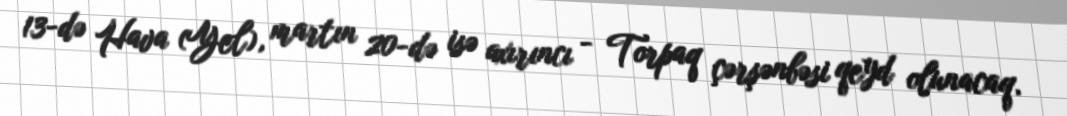
13-də Hava (Yel), martın 20-də isə axırıncı - Torpaq çərşənbəsi qeyd olunacaq.